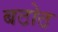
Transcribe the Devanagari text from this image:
बठोठ